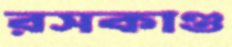
রসকাণ্ড